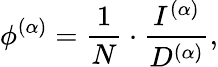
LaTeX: \phi^{(\alpha)}=\frac{1}{N}\cdot\frac{I^{(\alpha)}}{D^{(\alpha)}},